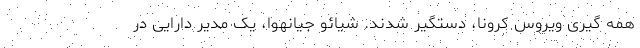
همه گیری ویروس کرونا، دستگیر شدند. شیائو جیانهوا، یک مدیر دارایی در